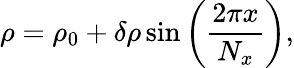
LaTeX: \rho=\rho_{0}+\delta\rho\sin\left(\frac{2\pi x}{N_{x}}\right),